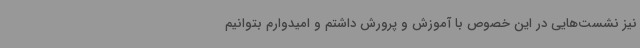
نیز نشست‌هایی در این خصوص با آموزش و پرورش داشتم و امیدوارم بتوانیم